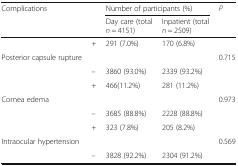
<table><thead><tr><td rowspan="2"><b>Complications</b></td><td rowspan="2"></td><td colspan="2"><b>Number of participants (%)</b></td><td rowspan="2"><b><i>P</i></b></td></tr><tr><td><b>Day care (total <i>n</i> = 4151)</b></td><td><b>Inpatient (total <i>n</i> = 2509)</b></td></tr></thead><tbody><tr><td></td><td>+</td><td>291 (7.0%)</td><td>170 (6.8%)</td><td></td></tr><tr><td>Posterior capsule rupture</td><td colspan="3"></td><td>0.715</td></tr><tr><td></td><td>–</td><td>3860 (93.0%)</td><td>2339 (93.2%)</td><td></td></tr><tr><td></td><td>+</td><td>466(11.2%)</td><td>281 (11.2%)</td><td></td></tr><tr><td>Cornea edema</td><td colspan="3"></td><td>0.973</td></tr><tr><td></td><td>–</td><td>3685 (88.8%)</td><td>2228 (88.8%)</td><td></td></tr><tr><td></td><td>+</td><td>323 (7.8%)</td><td>205 (8.2%)</td><td></td></tr><tr><td>Intraocular hypertension</td><td colspan="3"></td><td>0.569</td></tr><tr><td></td><td>–</td><td>3828 (92.2%)</td><td>2304 (91.2%)</td><td></td></tr></tbody></table>